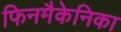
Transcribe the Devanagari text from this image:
फिनमैकेनिका